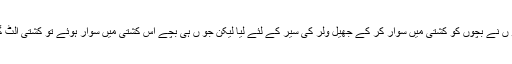
وٹلب پہنچتے ہی دوپہر کو بحریہ کے اہلکارو ں نے بچوں کو کشتی میں سوار کر کے جھیل ولر کی سیر کے لئے لیا لیکن جو ں ہی بچے اس کشتی میں سوار ہوئے تو کشتی الٹ گئی جس کے دوران 22بچے غرقآب ہوگئے ۔